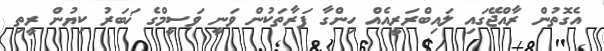
އެގޮތުން ރާއްޖޭގައި ލައިބްރަރީއެއް ހިންގާ ފަރާތަކުން ވަނީ ވަސީމްގެ ޚަބަރު ކިޔުން ރީތި